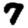
Digit: 7